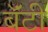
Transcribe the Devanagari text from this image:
बॅंटी